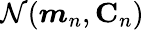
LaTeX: \mathcal{N}(\boldsymbol{m}_{n},\mathbf{C}_{n})